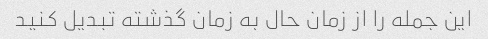
این جمله را از زمان حال به زمان گذشته تبدیل کنید